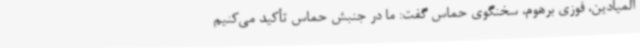
المیادین، فوزی برهوم، سخنگوی حماس گفت: ما در جنبش حماس تأکید می‌کنیم